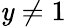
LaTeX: \mathit{y}\ne1